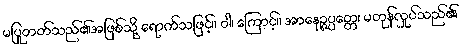
မပြုတတ်သည်၏အဖြစ်သို့ ရောက်သဖြင့်။ ဝါ၊ ကြောင့်။ အာနေဉ္ဇပ္ပတ္တေ၊ မတုန်လှုပ်သည်၏